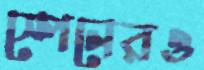
স্পেনেরও